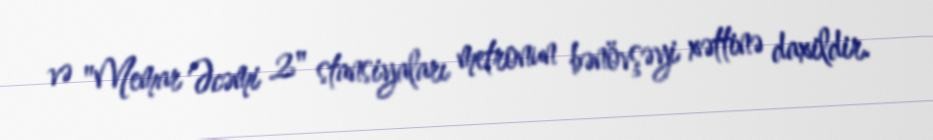
və "Memar Əcəmi 2" stansiyaları metronun bənövşəyi xəttinə daxildir.